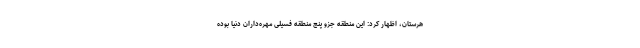
هرستان، اظهار کرد: این منطقه جزو پنج منطقه فسیلی مهره‌داران دنیا بوده